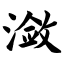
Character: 潋